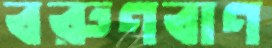
বরুণবাণ